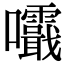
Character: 𡅺